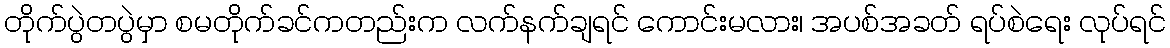
တိုက်ပွဲတပွဲမှာ စမတိုက်ခင်ကတည်းက လက်နက်ချရင် ကောင်းမလား၊ အပစ်အခတ် ရပ်စဲရေး လုပ်ရင်